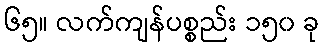
၆၅။ လက်ကျန်ပစ္စည်း ၁၅၀ ခု